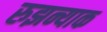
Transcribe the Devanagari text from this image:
रुझन्याक